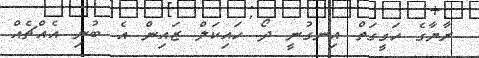
ރާޔާގެ ހަގީގަތް އިނގުނީ ދޯ ހައިކަލް ޒައިން އެ ބުނި އެއްޗެއް